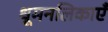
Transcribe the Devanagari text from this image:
धूमनलिकाएँ